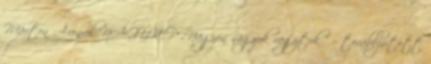
Márton Áronról NAGYKÉP „Nagyon nagyok vagytok ” – továbbjutott